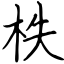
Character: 柣